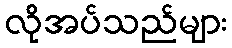
လိုအပ်သည်များ